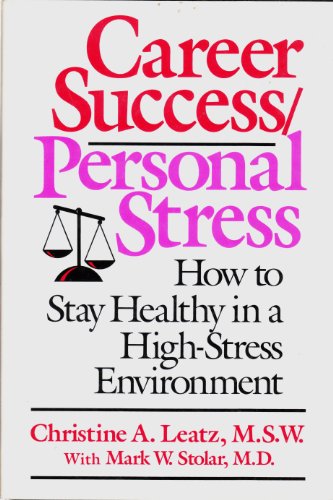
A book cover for Career Success/Personal Stress: How to Stay Healthy in a High-Stress Environment; Christine A. Leatz; Business & Money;